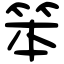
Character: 笨